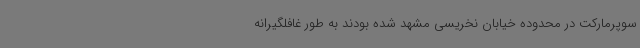
سوپرمارکت در محدوده خیابان نخریسی مشهد شده بودند به طور غافلگیرانه